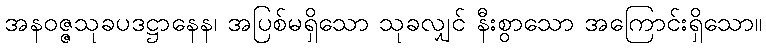
အနဝဇ္ဇသုခပဒဋ္ဌာနေန၊ အပြစ်မရှိသော သုခလျှင် နီးစွာသော အကြောင်းရှိသော။